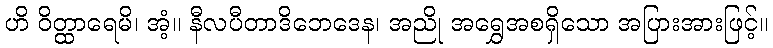
ဟိ ဝိတ္ထာရေမိ၊ အံ့။ နီလပီတာဒိဘေဒေန၊ အညို အရွှေအစရှိသော အပြားအားဖြင့်။